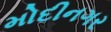
મોદીનગર